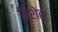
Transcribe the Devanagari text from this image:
विशेह